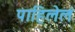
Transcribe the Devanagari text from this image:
पाहिलेलं